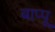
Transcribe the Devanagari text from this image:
बाप्पू